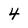
Character: 4